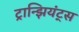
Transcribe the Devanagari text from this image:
ट्रान्झियंट्स